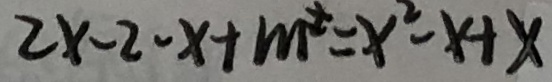
2 x - 2 - x + m ^ { 2 } = x ^ { 2 } - x + x